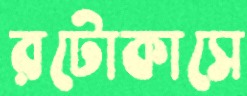
রটোকাসে